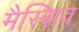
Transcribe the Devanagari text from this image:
मैस्सिव